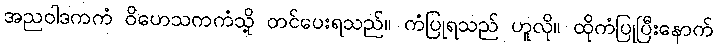
အညဝါဒကကံ ဝိဟေသကကံသို့ တင်ပေးရသည်။ ကံပြုရသည် ဟူလို။ ထိုကံပြုပြီးနောက်